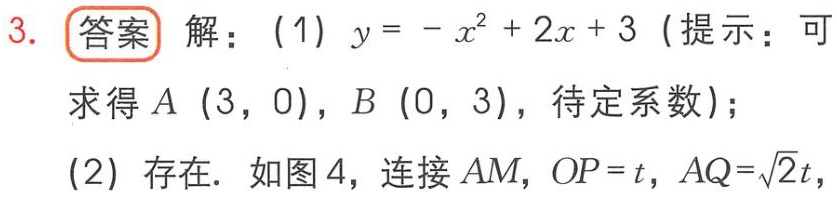
3. 答案 解：（1）$y = -x^{2}+2x + 3$（提示：可
求得$A(3,0)$，$B(0,3)$，待定系数）；
（2）存在. 如图4，连接$AM$，$OP = t$，$AQ=\sqrt{2}t$，